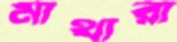
মাথারা